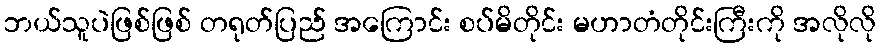
ဘယ်သူပဲဖြစ်ဖြစ် တရုတ်ပြည် အကြောင်း စပ်မိတိုင်း မဟာတံတိုင်းကြီးကို အလိုလို